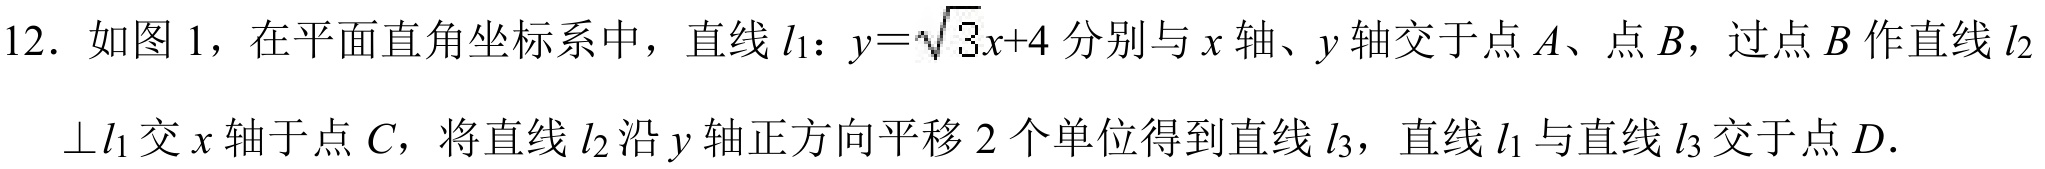
12. 如图 1，在平面直角坐标系中，直线\(l_{1}：y = \sqrt{3}x + 4\)分别与\(x\)轴、\(y\)轴交于点\(A\)、点\(B\)，过点\(B\)作直线\(l_{2}\)
\(\perp l_{1}\)交\(x\)轴于点\(C\)，将直线\(l_{2}\)沿\(y\)轴正方向平移\(2\)个单位得到直线\(l_{3}\)，直线\(l_{1}\)与直线\(l_{3}\)交于点\(D\).